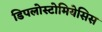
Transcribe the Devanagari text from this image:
डिपलोस्टोमियेसिस